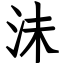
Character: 沬